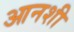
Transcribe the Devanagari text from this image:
आनशी